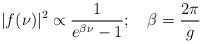
LaTeX: \begin{align*}\vert f (\nu)\vert^2 \propto {1 \over e^{\beta \nu} - 1 } ; \quad \beta = {2\pi \over g}\end{align*}